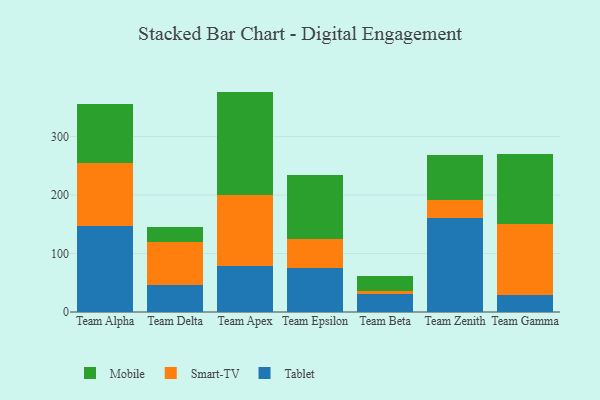
{"axis": {"x": "Team", "y": "Temperature (°C)"}, "legend": ["Mobile", "Smart-TV", "Tablet"], "data": [{"x": "Team Alpha", "y": 146.8, "type": "Tablet"}, {"x": "Team Alpha", "y": 107.9, "type": "Smart-TV"}, {"x": "Team Alpha", "y": 101.0, "type": "Mobile"}, {"x": "Team Delta", "y": 45.6, "type": "Tablet"}, {"x": "Team Delta", "y": 73.6, "type": "Smart-TV"}, {"x": "Team Delta", "y": 25.4, "type": "Mobile"}, {"x": "Team Apex", "y": 78.3, "type": "Tablet"}, {"x": "Team Apex", "y": 121.3, "type": "Smart-TV"}, {"x": "Team Apex", "y": 177.4, "type": "Mobile"}, {"x": "Team Epsilon", "y": 75.2, "type": "Tablet"}, {"x": "Team Epsilon", "y": 49.1, "type": "Smart-TV"}, {"x": "Team Epsilon", "y": 110.5, "type": "Mobile"}, {"x": "Team Beta", "y": 30.6, "type": "Tablet"}, {"x": "Team Beta", "y": 6.0, "type": "Smart-TV"}, {"x": "Team Beta", "y": 25.6, "type": "Mobile"}, {"x": "Team Zenith", "y": 160.8, "type": "Tablet"}, {"x": "Team Zenith", "y": 30.6, "type": "Smart-TV"}, {"x": "Team Zenith", "y": 77.7, "type": "Mobile"}, {"x": "Team Gamma", "y": 29.8, "type": "Tablet"}, {"x": "Team Gamma", "y": 120.2, "type": "Smart-TV"}, {"x": "Team Gamma", "y": 120.9, "type": "Mobile"}]}